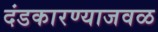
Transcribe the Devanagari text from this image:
दंडकारण्याजवळ